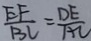
\frac { E F } { B C } = \frac { D E } { A C }